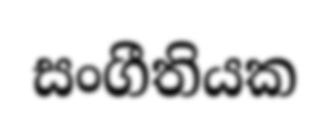
සංගීතියක